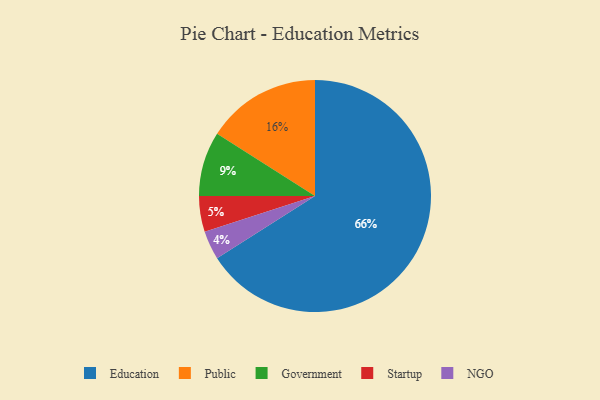
{"axis": {"x": "Category", "y": "Percentage"}, "legend": ["Education", "Government", "NGO", "Public", "Startup"], "data": [{"x": "Startup", "y": 5, "type": "Startup"}, {"x": "Public", "y": 16, "type": "Public"}, {"x": "Government", "y": 9, "type": "Government"}, {"x": "NGO", "y": 4, "type": "NGO"}, {"x": "Education", "y": 66, "type": "Education"}]}